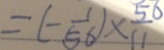
= ( - \frac { 1 } { 5 6 } ) \times \frac { 5 6 } { 1 1 }